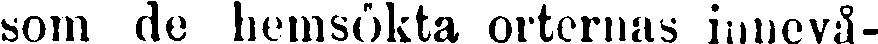
som de hemsökta orternas innevå-